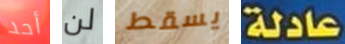
أحد لن يسقط عادلة